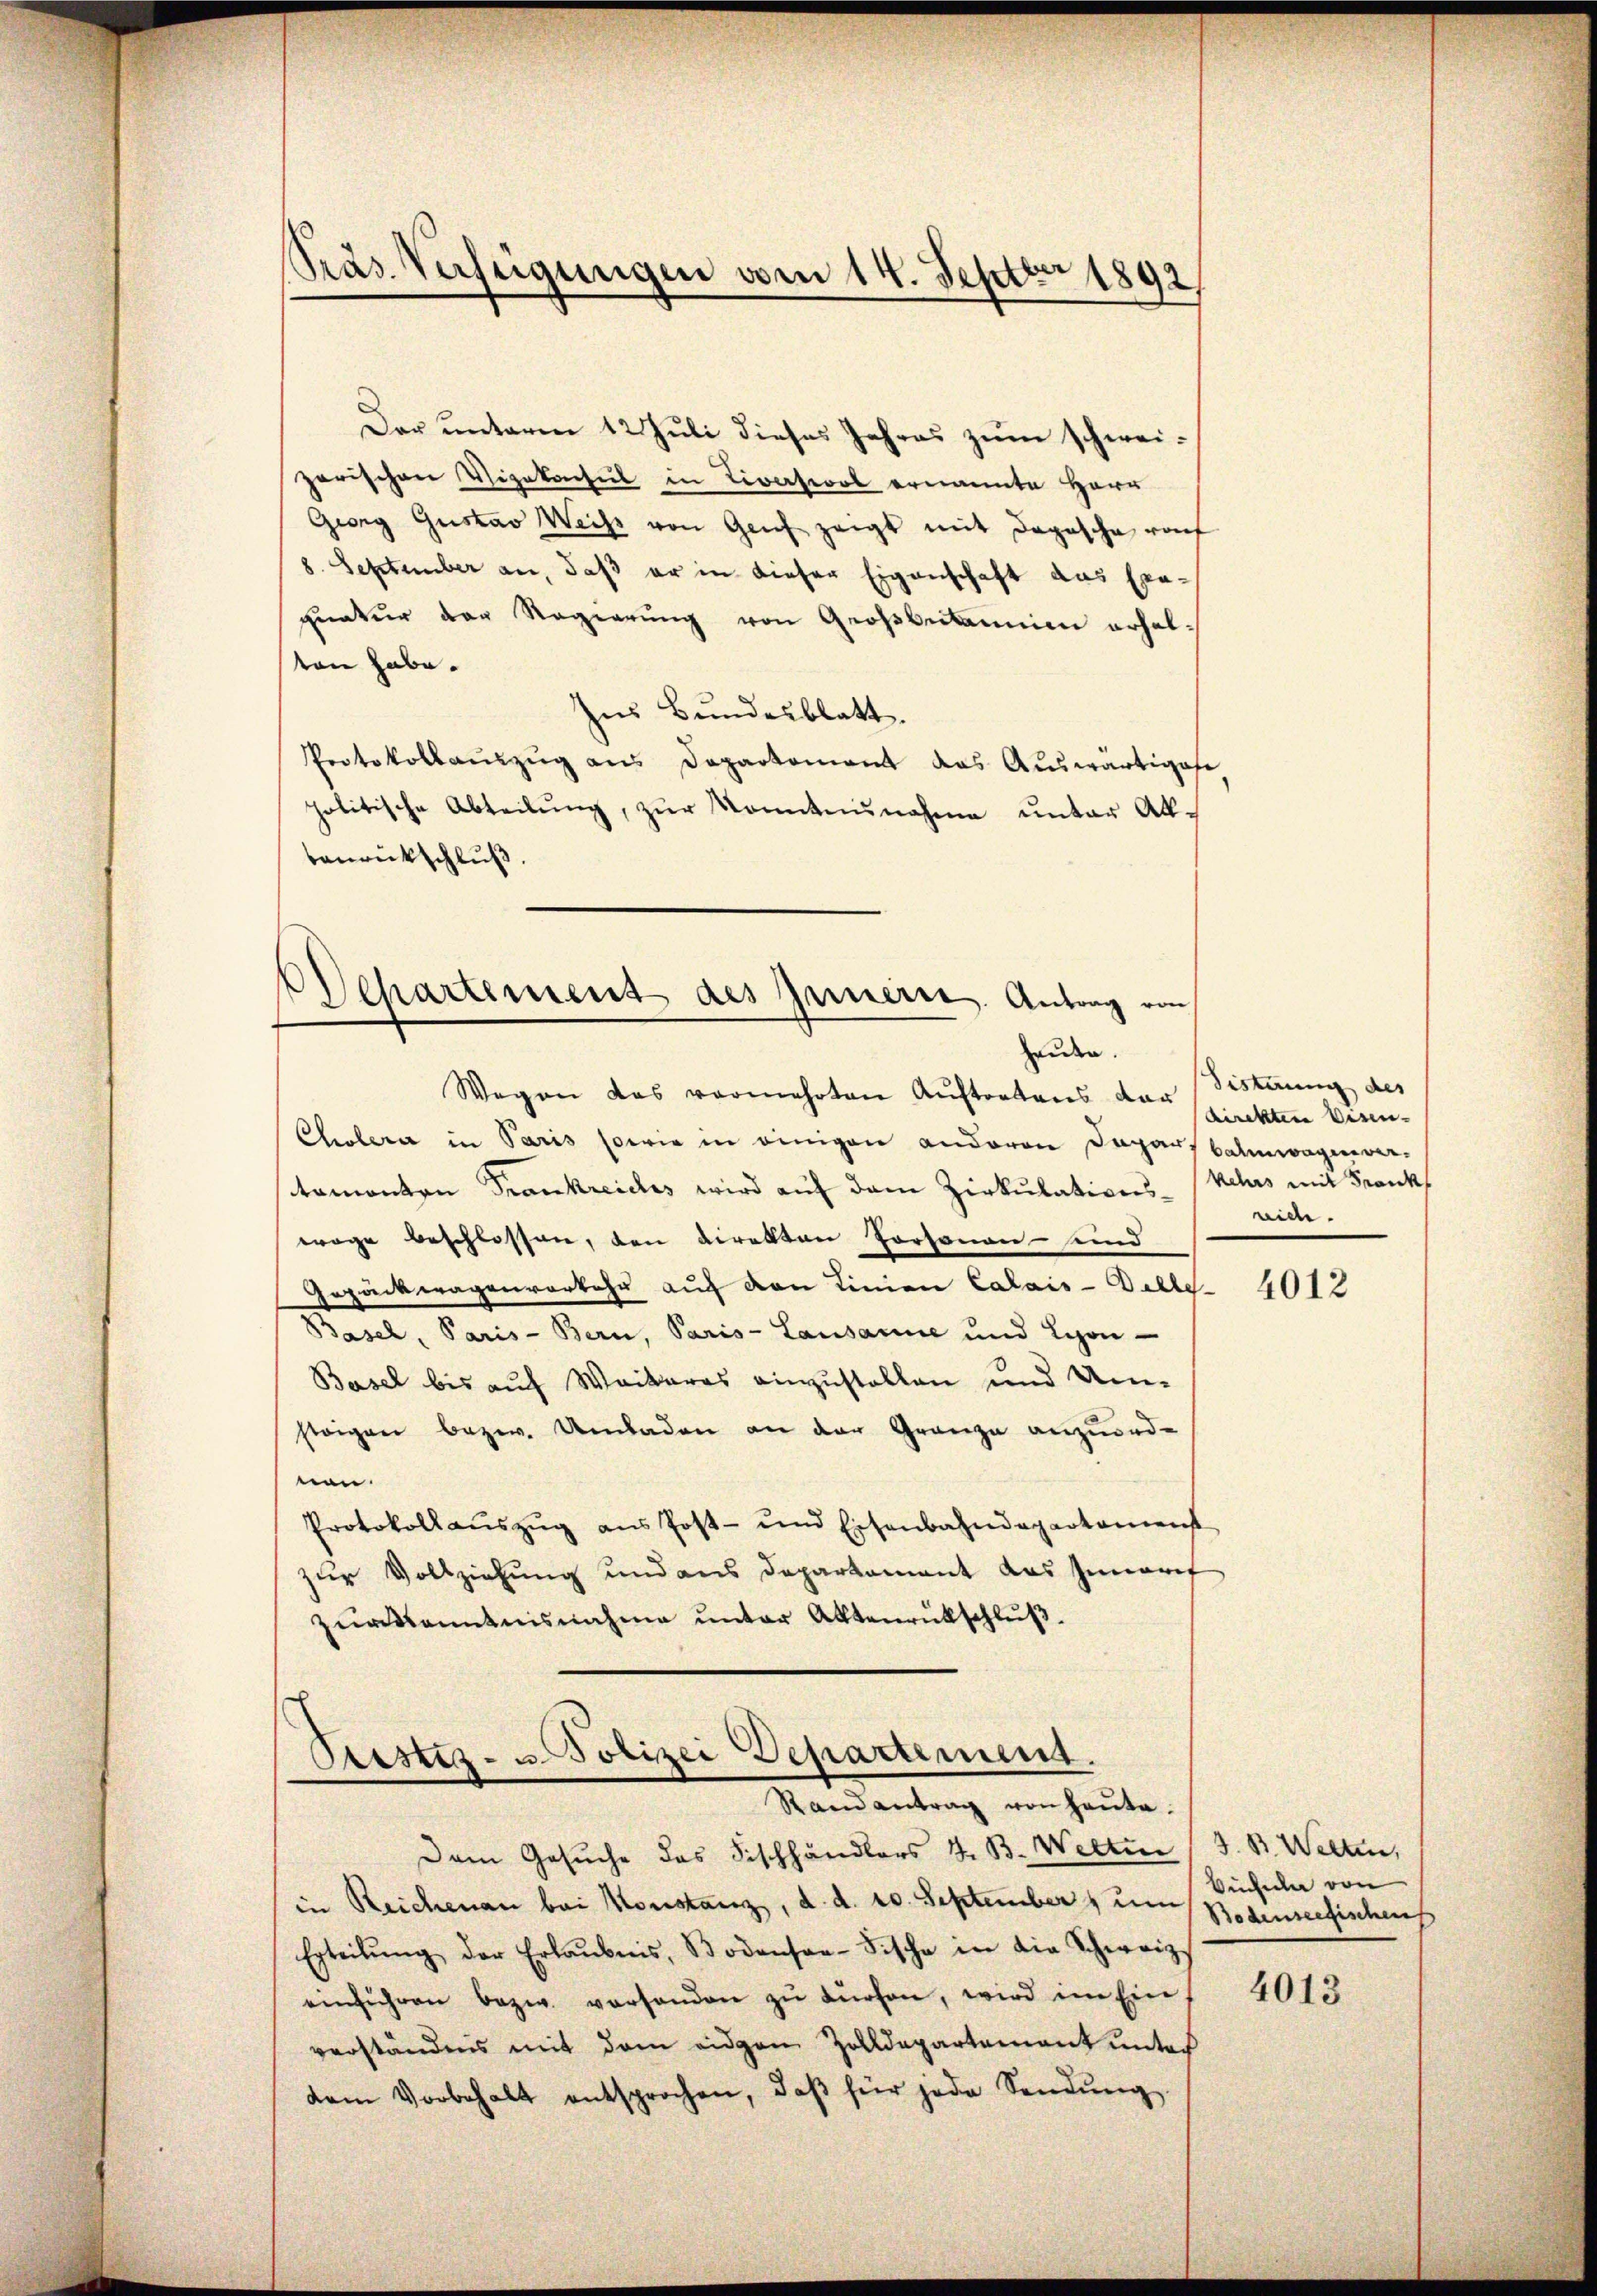
Präs. Verfeigungen vom 14. Septer 1892

¬
Separtement des Innern. Antrag von
enden.

Der unterm 12. Juli dieses Jahres zum schwei-
parischen Vizekonsul in Tivasion ernannte Herr
Georg Gustav Weiβ von Genf zeigt mit Depesche raf
8. September an, daß er in dieser Eigenschaft das Exa-
quatur der Regierŭng von Großbritannien erhalton habe.
ius Bundesblatt.
Protokollauszug aus Departement das Auswärtigese
politische Abteilŭng, zŭr Monntnisnahme ŭnter All-
benrückschluß.
Wegen das vermehrten Auftretens dar
Cholera in Paris sowie in einigen anderen Dapar, Balmwagenen-
tamonton Trankreiches wird auf dem Zirkulations-Kehrs mit Frank
wöge beschlossen, den Direkten Personen- und
Gepäckwagenvorkehr auf den Linien Calais - Delle 4012
Basel, Paris - Bern, Paris - Lausanne und Lyon
Basel bis auf Weiteres einzustellen und Umstaigen bezw. Umladen an der Granze anzuord-
nen.
Protokoll aŭszŭg ans Post- und Eisenbahndepartamenst
zur Vollziehung und aus Departament das Innerif
zürkanntnisnahme ŭnter Aktenrückschlŭβ

Ptistiz- u. Polizei Departement.
Randantrag von heute.

Dem Gesuche das Fischhändlers z. B. Wetten (S. B. Welten,
in Reichenau bei Konstanz, d. d. 20. September 1 um Bodenseefischen
Erteilŭng der Erlaubnis, Bodensaa-Fische in die Schweiz
einführen bezw. vorhanden zŭ dürfen, wird im Ein
verständnis mit dem eidgen Zolldepartement unter
dem Vorbehalt entsprochen, daβ für jede Sendŭng

Sisterung des
direktere Eisen-
nide.

Bucheln von

4013